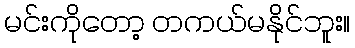
မင်းကိုတော့ တကယ်မနိုင်ဘူး။